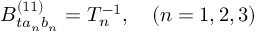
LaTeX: B _ { t a _ { n } b _ { n } } ^ { ( 1 1 ) } = T _ { n } ^ { - 1 } , \ \ \ ( n = 1 , 2 , 3 )